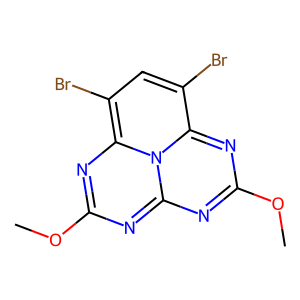
SMILES: COc1nc2nc(OC)nc3c(Br)cc(Br)c(n1)-n-2-3
Inhibits HIV replication: No